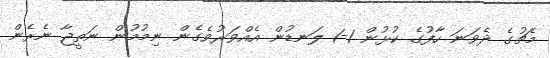
މެޗުގެ ދެވަނަ ހާފުގެ ކުޅުން 1-1 ލަނޑުން އެއްވަރުވެގެން ނިމުމުން ނަތީޖާ ނެރެން